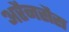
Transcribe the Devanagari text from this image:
अरैनसैस